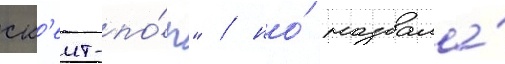
ск'еит-по́п" / но́ назвала́